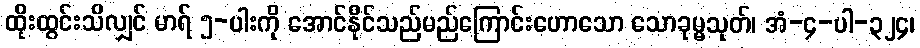
ထိုးထွင်းသိလျှင် မာရ် ၅-ပါးကို အောင်နိုင်သည်မည်ကြောင်းဟောသော သောခုမ္မသုတ်၊ အံ-၄-ပါ-၃၂၄၊